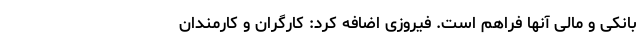
بانکی و مالی آنها فراهم است. فیروزی اضافه کرد: کارگران و کارمندان